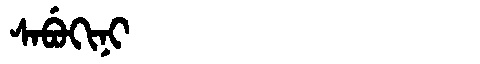
Manchu: ᠰᠠᠪᡠᡴᡳᠨᡳ
Romanization: SABUKINI